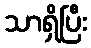
သာရှိပြီး